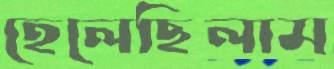
হেলেছিলাম